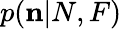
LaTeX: p({\mathbf n}|N,F)